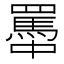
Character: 𦌭